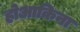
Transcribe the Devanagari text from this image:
होआकिना